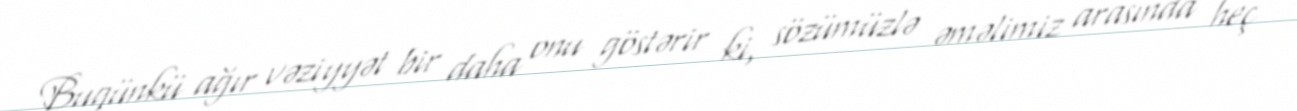
Bugünkü ağır vəziyyət bir daha onu göstərir ki, sözümüzlə əməlimiz arasında heç